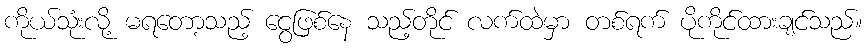
ကိုယ်သုံးလို့ မရတော့သည့် ငွေဖြစ်နေ သည့်တိုင် လက်ထဲမှာ တစ်ရက် ပိုကိုင်ထားချင်သည်။